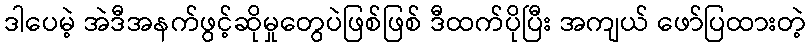
ဒါပေမဲ့ အဲဒီအနက်ဖွင့်ဆိုမှုတွေပဲဖြစ်ဖြစ် ဒီထက်ပိုပြီး အကျယ် ဖော်ပြထားတဲ့